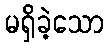
မရှိခဲ့သော